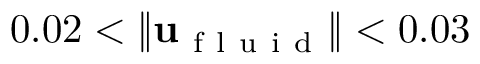
0 . 0 2 < \| \mathbf { u } _ { \mathrm { ~ f ~ l ~ u ~ i ~ d ~ } } \| < 0 . 0 3